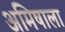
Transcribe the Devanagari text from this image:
अमिषाला